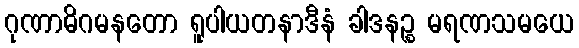
ဂုဏာဓိဂမနတော ရူပါယတနာဒီနံ ခါဒနဉ္စ မရဏသမယေ